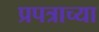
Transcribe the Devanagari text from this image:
प्रपत्राच्या